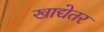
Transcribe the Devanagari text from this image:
खाद्येतर